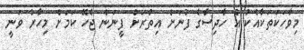
މިވާހަކަތަކާއެކު އެ ހާދިސާގެ ފުނަށް އިތުރަށް ފީނަން ޖެހޭ ކަމަށް މިހާރު ވަނީ